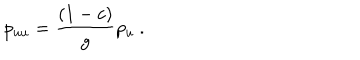
LaTeX: p _ { u u } = { \frac { ( 1 - c ) } { g } } p _ { u } \ .